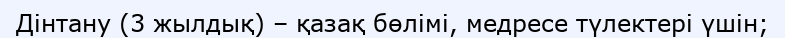
Дінтану (3 жылдық) – қазақ бөлімі, медресе түлектері үшін;